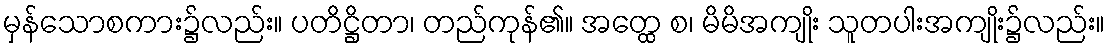
မှန်သောစကား၌လည်း။ ပတိဋ္ဌိတာ၊ တည်ကုန်၏။ အတ္ထေ စ၊ မိမိအကျိုး သူတပါးအကျိုး၌လည်း။